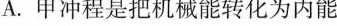
A.甲冲程是把机械能转化为内能